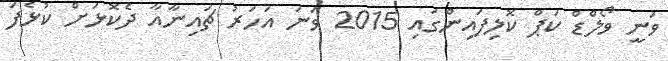
ވަނީ ވޯލްޑް ކަޕް ކޮލިފައިންގައި 2015 ވަނަ އަހަރު ޗައިނާއާ ދެކޮޅަށް ކުޅެފަ